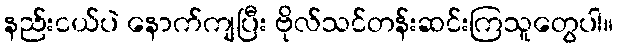
နည်းငယ်ပဲ နောက်ကျပြီး ဗိုလ်သင်တန်းဆင်းကြသူတွေပါ။